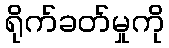
ရိုက်ခတ်မှုကို